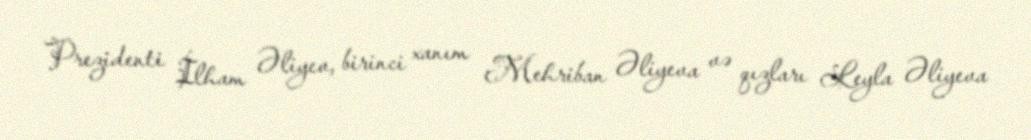
Prezidenti İlham Əliyev, birinci xanım Mehriban Əliyeva və qızları Leyla Əliyeva